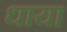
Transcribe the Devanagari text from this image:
धाया